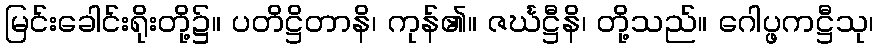
မြင်းခေါင်းရိုးတို့၌။ ပတိဋ္ဌိတာနိ၊ ကုန်၏။ ဇင်္ဃဋ္ဌီနိ၊ တို့သည်။ ဂေါပ္ဖကဋ္ဌီသု၊